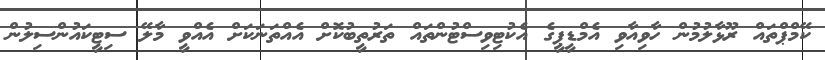
ކޭމްޕްތައް ރޫޅާލުމުން ހާވިއާވި އެމްޑީޕީގެ އެކުޓިވިސްޓުންތައް ތަރުތީބުކޮށް އެއްތަނަކަށް އެއްވީ މާލޭ ސިޓީކައުންސިލުން